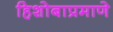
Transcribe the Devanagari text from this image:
हिशोबाप्रमाणे